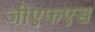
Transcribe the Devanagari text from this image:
जीएफएस